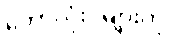
ဘောလုံးပွဲများကို